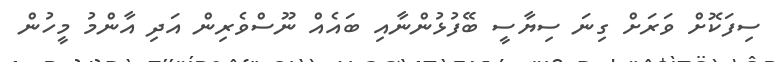
ސިފަކޮށް ވަރަށް ގިނަ ސިޔާސީ ބޭފުޅުންނާއި ބައެއް ނޫސްވެރިން އަދި އާންމު މީހުން